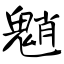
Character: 魈